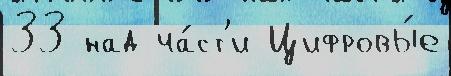
33 над ча́ст'и Цифровы́е